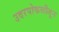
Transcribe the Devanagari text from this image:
उदरपोकळीतून